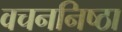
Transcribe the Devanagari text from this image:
वचननिष्ठा